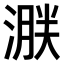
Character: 𣹸